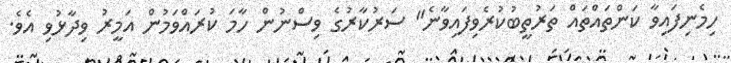
ހިމެނިފައިވާ ކަންތައްތައް ތަރުތީބުކުރެވިފައިވާނެ" ސަރުކާރުގެ ވިސްނުން ހާމަ ކުރައްވަމުން އަމީރު ވިދާޅުވި އެވެ.